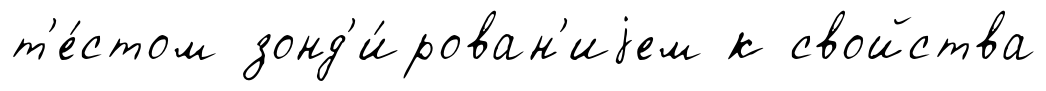
т'е́стом зонд'и́рован'иjем к свойства